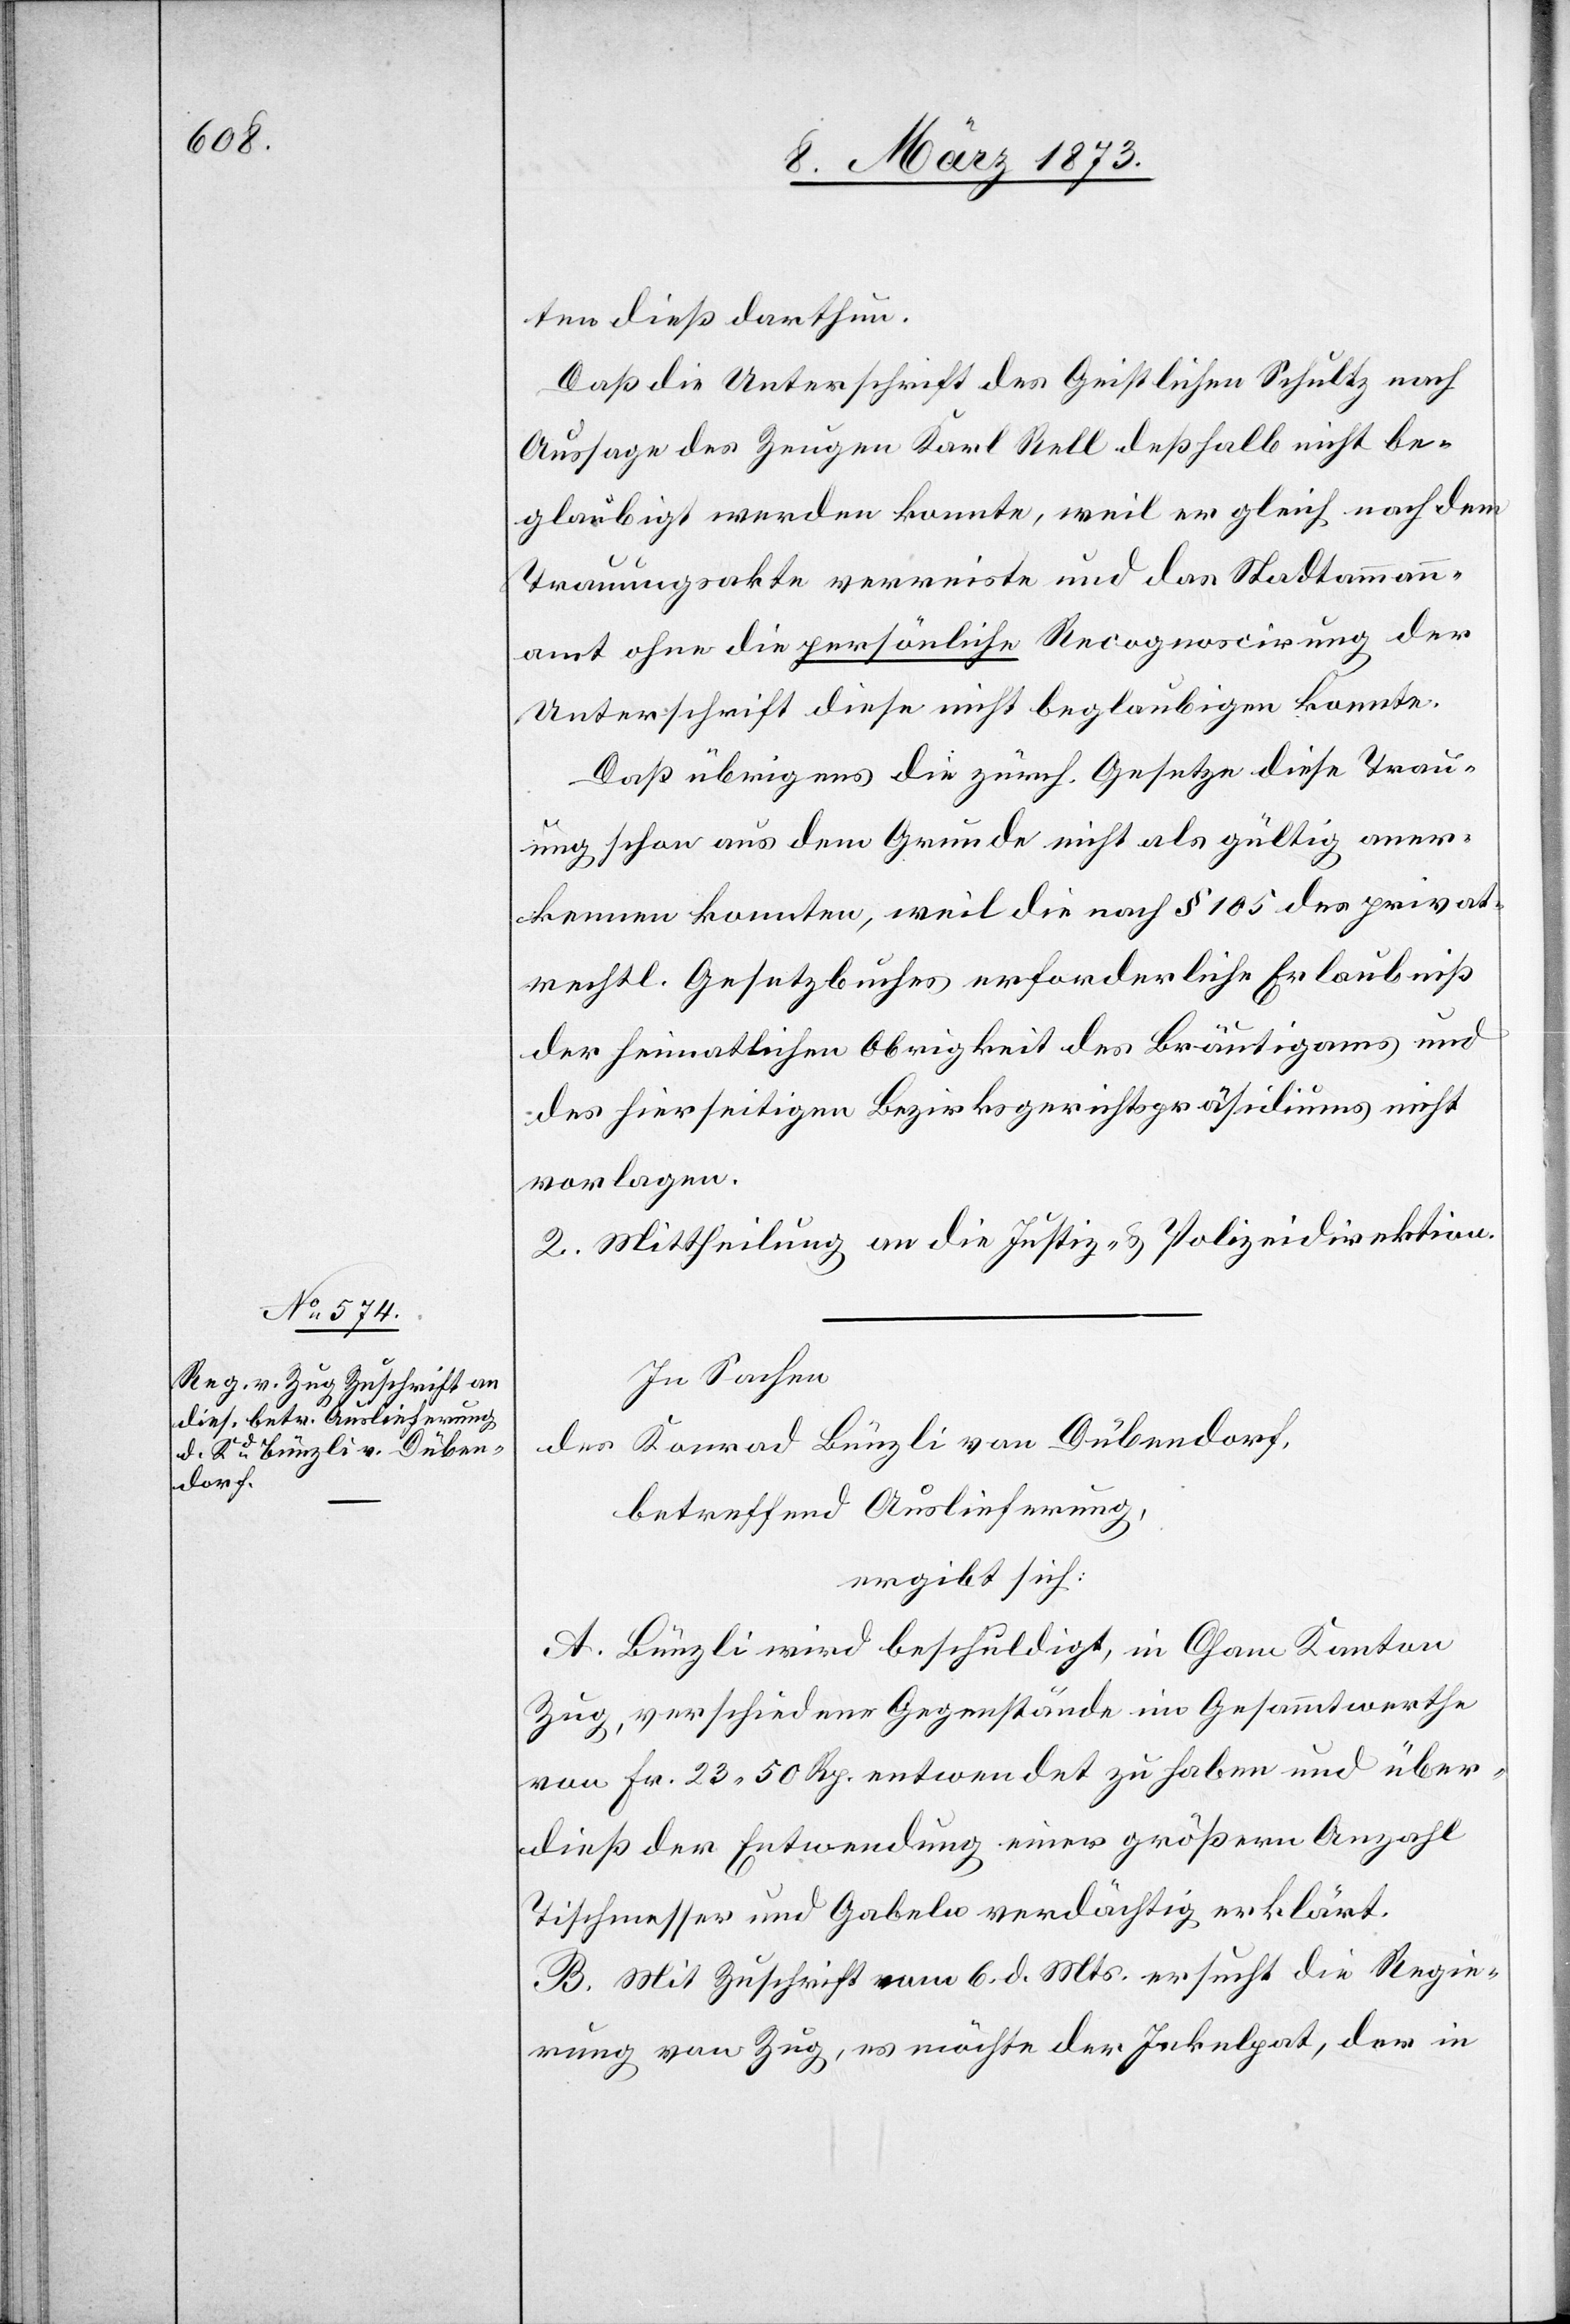
ten dieß darthun.
Daß die Unterschrift des Geistlichen Schultz [sic!]
Aussage des Zeugen Karl Rell deßhalb nicht be¬
glaubigt werden konnte, weil er gleich nach dem
Trauungsakte verreiste und das Stadtammann¬
amt ohne die persönliche Recognoscirung der
Unterschrift diese nicht beglaubigen konnte.
Daß übrigens die zürch. Gesetze diese Trau¬
ung schon aus dem Grunde nicht als gültig aner¬
kennen konnten, weil die nach § 105 des privat¬
rechtl. Gesetzbuches erforderliche Erlaubniß
der heimatlichen Obrigkeit des Bräutigams und
des hierseitigen Bezirksgerichtspräsidiums nicht
vorlagen.
2. Mittheilung an die Justiz- u. Polizeidirektion.
In Sachen
des Konrad Bünzli von Dübendorf,
betreffend Auslieferung,
ergibt sich:
A. Bünzli wird beschuldigt, in Cham Kanton
Zug, verschiedene Gegenstände im Gesammtwerthe
von Fr. 23. 50 Rp. entwendet zu haben und über¬
dieß der Entwendung einer größern Anzahl
Tischmesser und Gabeln verdächtig erklärt.
B. Mit Zuschrift vom 6. d. Mts. ersucht die Regie¬
rung von Zug, es möchte der Inkulpat, der in